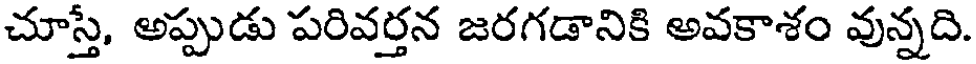
చూస్తి, అప్పుడు పరివర్తన జరగడానికి అవకాశం వున్నది.